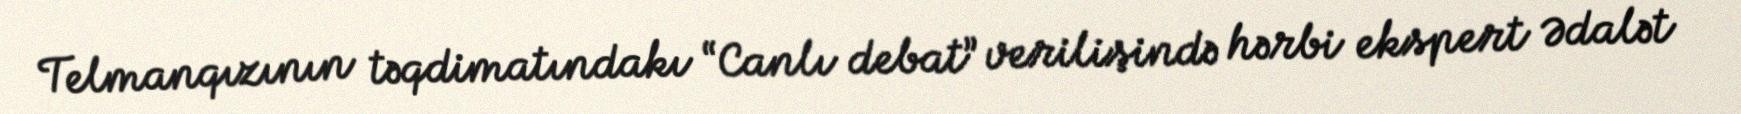
Telmanqızının təqdimatındakı “Canlı debat” verilişində hərbi ekspert Ədalət